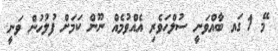
މޭ 1 ގައ ބާއްވަނީ ސުލްހަވެރި އެއްވުމެއް ނޫން ކަމަށް ފުލުހުން ވަނީ